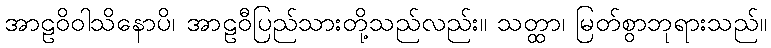
အာဠဝိဝါသိနောပိ၊ အာဠဝီပြည်သားတို့သည်လည်း။ သတ္ထာ၊ မြတ်စွာဘုရားသည်။